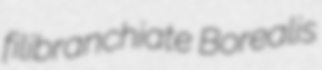
filibranchiate Borealis